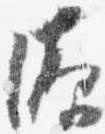
源